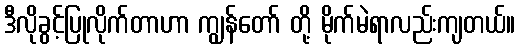
ဒီလိုခွင့်ပြုလိုက်တာဟာ ကျွန်တော် တို့ မိုက်မဲရာလည်းကျတယ်။